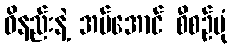
ဝိနည်းနဲ့ အပ်အောင် စီစဉ်ပုံ